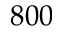
8 0 0